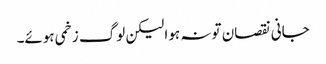
جانی نقصان تو نہ ہوا لیکن لوگ زخمی ہوئے۔